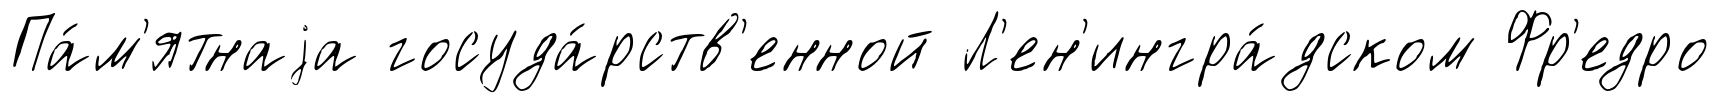
Па́м'ятнаjа госуда́рств'енной Л'ен'ингра́дском Фр'едро